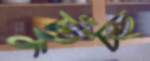
ছুঁচ্ছ